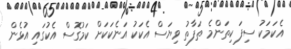
އެކަމަކު ސިފަ ކިތަންމެ ތަފާތު ވިޔަސް އެކަކު އަނެކަކަށް ކަމުގޮސް އެކުގައި އުޅެން